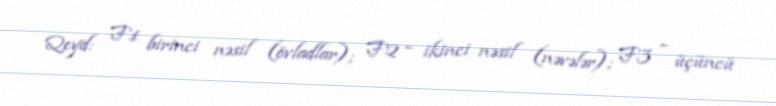
Qeyd: F1 birinci nəsil (övladlar); F2 – ikinci nəsil (nəvələr); F3 – üçüncü